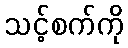
သင့်စက်ကို